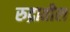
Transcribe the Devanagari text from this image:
रुद्रातील